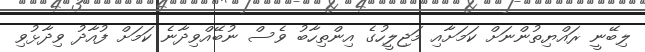
ލިބޭނީ ރައްޔިތުންނަށް ކަމަށާއި މަޖިލީހުގެ އިންތިހާބު ވެސް ނުބޭއްވިދާނެ ކަމަށް ފުއާދު ވިދާޅުވި